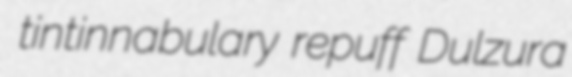
tintinnabulary repuff Dulzura